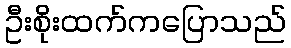
ဦးစိုးထက်ကပြောသည်